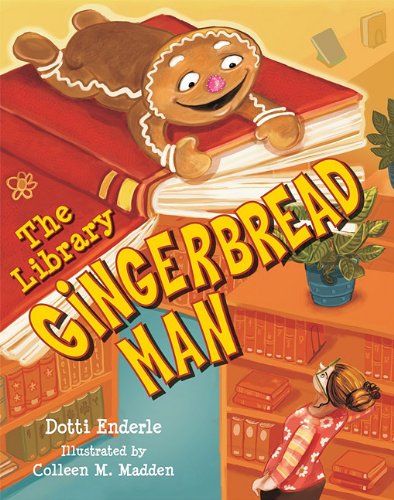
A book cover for The Library Gingerbread Man; Dotti Enderle; Children's Books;